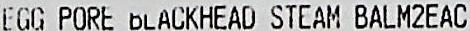
EGG PORE BLACKHEAD STEAM BALM2EAC